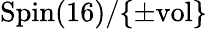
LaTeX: \mathrm{Spin}(16)/\{ \pm\mathrm{vol}\}